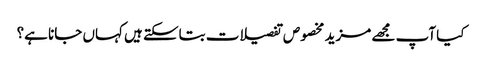
کیا آپ مجھے مزید مخصوص تفصیلات بتاسکتے ہیں کہاں جانا ہے؟